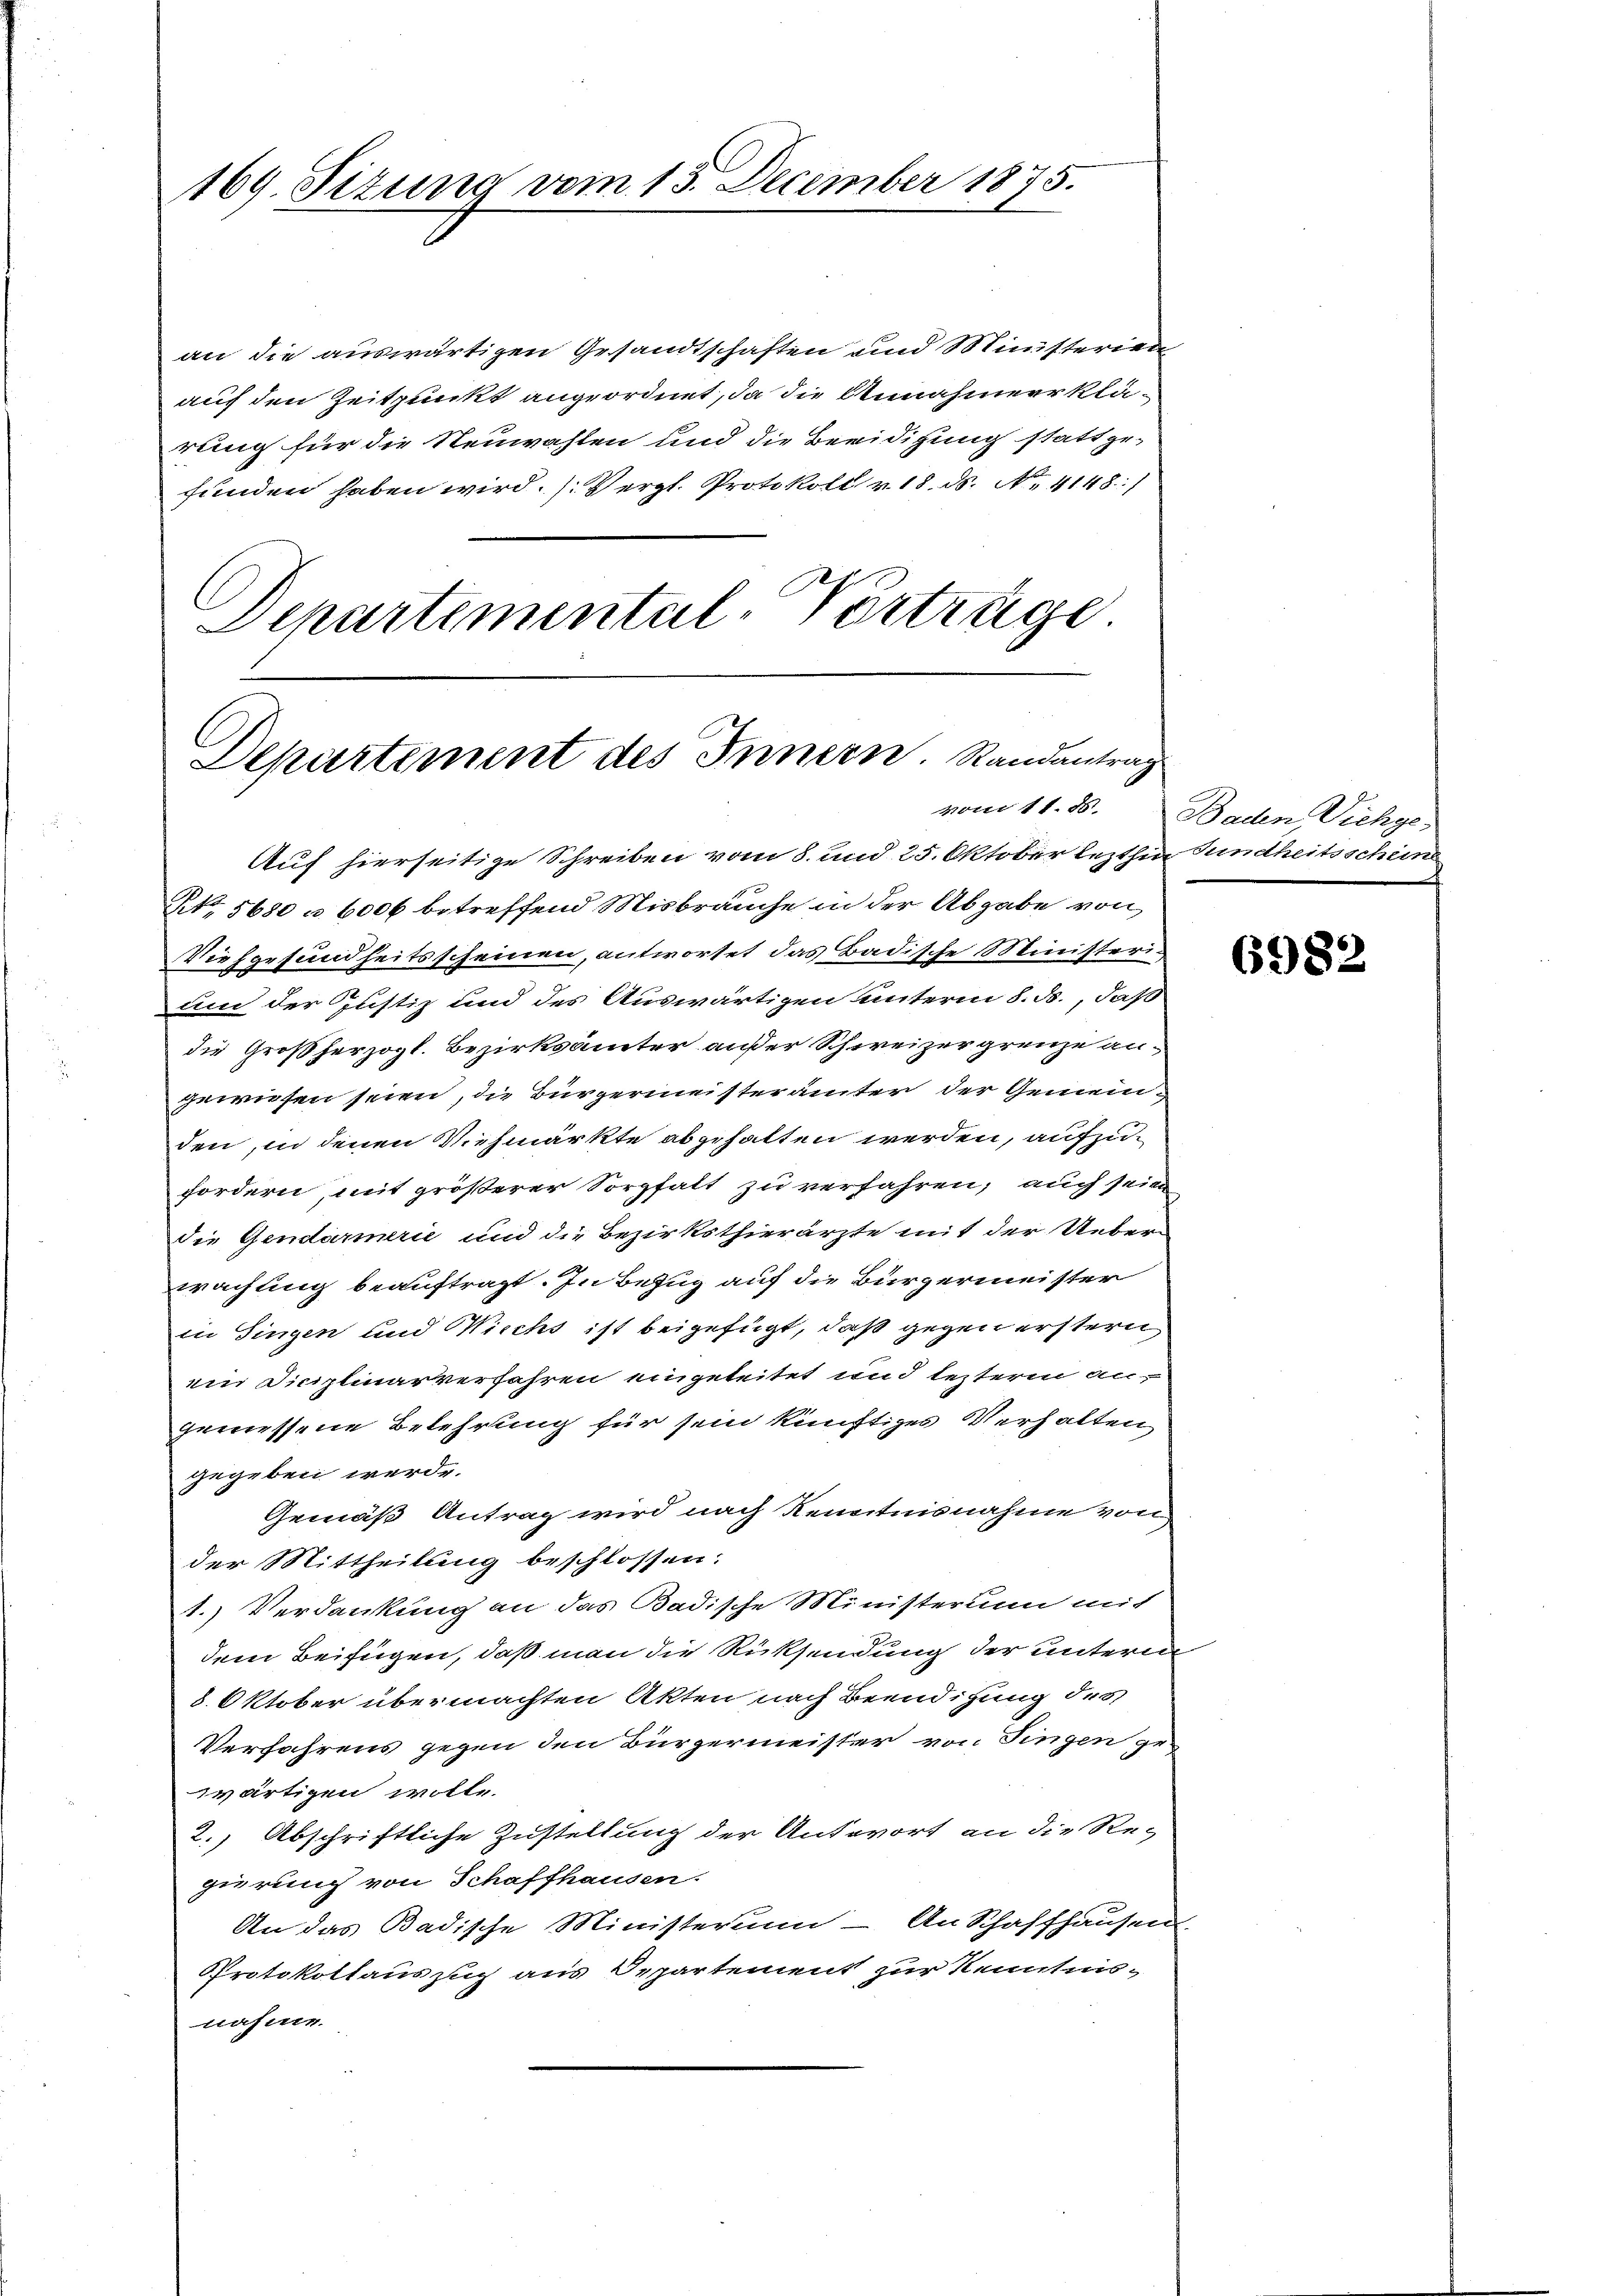
169. Sizung vom 15. December 1875.

an die auswärtigen Gesandtschaften und Ministerien
auf den Zeitpunkt angeordnet, da die Annahmeerklärung für die Neuwahlen und die Beeidigung stattge-
funden haben wird. (Vergl. Protokoll v. 18. ds. N. 4148)
Departemental-Verträge.

Departement des Innern. Randantrag
vom 11. d.

Auf hierseitige Schreiben vom 8. und 25. Oktober lezthin Fundheitsschein
NNo. 5680 n 6000 betreffend Misbrauche in der Abgabe von
Viehgesundheitsscheinen, antwortet das Badische Ministeri¬
und der Justiz und des Auswärtigen unterm 8. ds., daß
die Großherzogl. Bezirksämter außer Schweizergrenze an-
gewiesen seien, die Bürgermeisterämter der Gemeinden, in denen Viehmärkte abgehalten werden, aufzufordern, mit größerer Sorgfalt zu verfahren, auch sein
die Gendarmerie und die Bezirksthierärzte mit der Ueberwachung beauftragt. In Bezug auf die Bürgermeister
in Singen und Wiechs ist beigefügt, daß gegen erstern
ein Diciplinarverfahren eingeteitet und lezterm angemessene Belehrung für sein künftiges Verhalten,
gegeben werde.
Gemäß Antrag wird nach Kenntnisnahme von
der Mittheilung beschlossen:
1.) Verdankung an das Badische Ministerum mit
dem Beifügen, daß man die Rücksendung der unterm
8. Oktober übermachten Akten nach Beendigung des
Verfahrens gegen den Bürgermeister von Fingen ge-
wärtigen wolle.
2., Abschriftliche Zustellung der Antwort an die Re-
gierung von Schaffhausen.
An das Badische Ministerium - An Schaffhausen.
Protokollauszug aus Departement zur Kenntnisnahme.

Baden Vichge¬

6982